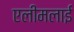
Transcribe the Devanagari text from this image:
एलीमलाई